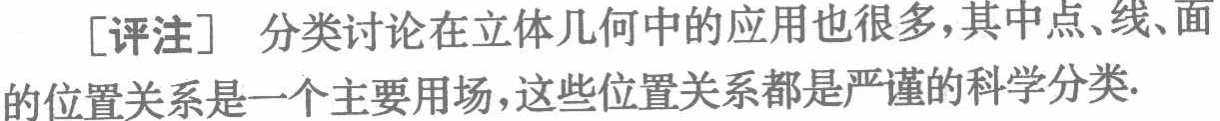
[评注] 分类讨论在立体几何中的应用也很多，其中点、线、面的位置关系是一个主要用场，这些位置关系都是严谨的科学分类.